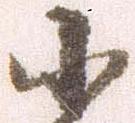
小